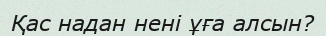
Қас надан нені ұға алсын?